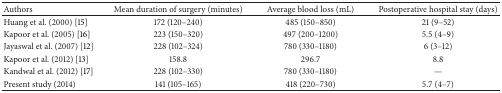
<table><thead><tr><td><b>Authors</b></td><td><b>Mean duration of surgery (minutes)</b></td><td><b>Average blood loss (mL)</b></td><td><b>Postoperative hospital stay (days)</b></td></tr></thead><tbody><tr><td>Huang et al. (2000) [15]</td><td>172 (120–240)</td><td>485 (150–850)</td><td>21 (9–52)</td></tr><tr><td>Kapoor et al. (2005) [16]</td><td>223 (150–320)</td><td>497 (200–1200)</td><td>5.5 (4–9)</td></tr><tr><td>Jayaswal et al. (2007) [12]</td><td>228 (102–324)</td><td>780 (330–1180)</td><td>6 (3–12)</td></tr><tr><td>Kapoor et al. (2012) [13]</td><td>158.8</td><td>296.7</td><td>8.8</td></tr><tr><td>Kandwal et al. (2012) [17]</td><td>228 (102–330)</td><td>780 (330–1180)</td><td>—</td></tr><tr><td>Present study (2014)</td><td>141 (105–165)</td><td>418 (220–730)</td><td>5.7 (4–7)</td></tr></tbody></table>